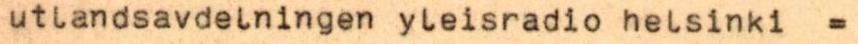
utlandsavdelningen yleisradio helsinki =